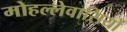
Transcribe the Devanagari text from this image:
मोहल्लेवासियों